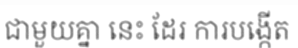
ជាមួយគ្នា នេះ ដែរ ការបង្កើត